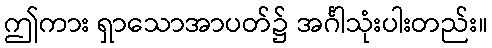
ဤကား ရှာသောအာပတ်၌ အင်္ဂါသုံးပါးတည်း။